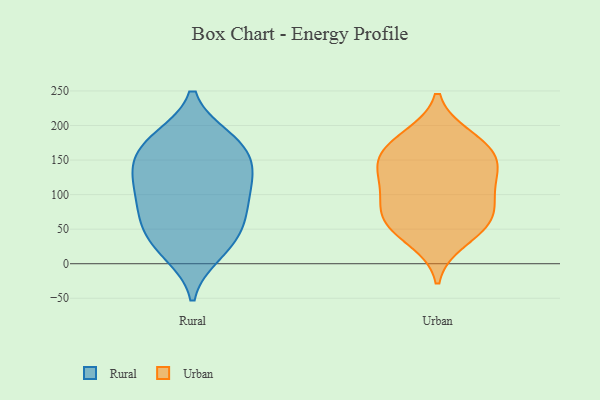
{"axis": {"x": "Latency (ms)", "y": "Value"}, "legend": ["Rural", "Urban"], "data": [{"x": "", "y": 14, "type": "Rural"}, {"x": "", "y": 141, "type": "Rural"}, {"x": "", "y": 148, "type": "Rural"}, {"x": "", "y": 17, "type": "Rural"}, {"x": "", "y": 175, "type": "Rural"}, {"x": "", "y": 65, "type": "Rural"}, {"x": "", "y": 63, "type": "Rural"}, {"x": "", "y": 182, "type": "Rural"}, {"x": "", "y": 43, "type": "Rural"}, {"x": "", "y": 182, "type": "Rural"}, {"x": "", "y": 91, "type": "Rural"}, {"x": "", "y": 81, "type": "Rural"}, {"x": "", "y": 100, "type": "Rural"}, {"x": "", "y": 130, "type": "Rural"}, {"x": "", "y": 129, "type": "Rural"}, {"x": "", "y": 38, "type": "Rural"}, {"x": "", "y": 119, "type": "Rural"}, {"x": "", "y": 171, "type": "Rural"}, {"x": "", "y": 66, "type": "Urban"}, {"x": "", "y": 177, "type": "Urban"}, {"x": "", "y": 62, "type": "Urban"}, {"x": "", "y": 129, "type": "Urban"}, {"x": "", "y": 147, "type": "Urban"}, {"x": "", "y": 106, "type": "Urban"}, {"x": "", "y": 34, "type": "Urban"}, {"x": "", "y": 80, "type": "Urban"}, {"x": "", "y": 150, "type": "Urban"}, {"x": "", "y": 109, "type": "Urban"}, {"x": "", "y": 183, "type": "Urban"}, {"x": "", "y": 56, "type": "Urban"}, {"x": "", "y": 158, "type": "Urban"}]}